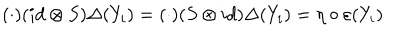
( \cdot ) ( i d \otimes S ) \Delta ( Y _ { i } ) = ( \cdot ) ( S \otimes i d ) \Delta ( Y _ { i } ) = \eta \circ \varepsilon ( Y _ { i } )